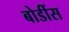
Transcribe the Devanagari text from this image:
बोडींस